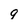
Character: 9